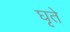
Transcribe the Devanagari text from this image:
घृते